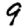
Digit: 9